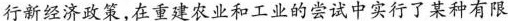
行新经济政策，在重建农业和工业的尝试中实行了某种有限